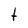
Character: t